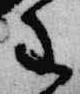
重